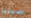
سيليا